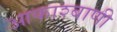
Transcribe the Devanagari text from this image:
आकाश्बाणी